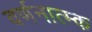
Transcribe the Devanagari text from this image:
वर्णनात्म्क